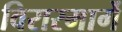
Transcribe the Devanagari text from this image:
विरारमार्गे